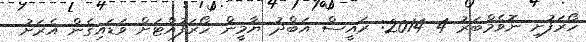
ހޯރަފުށި ނޮވެމްބަަރު 4 2014: ރައީސް އަބްދު ޔާމީން ހޯރަފުއްޓަށް ވަޑައިގެން އެރަށު